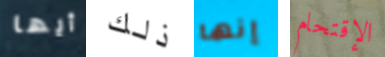
أيها ذلك إنها الإقتحام